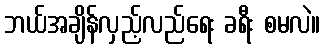
ဘယ်အချိန်လှည့်လည်ရေး ခရီး စမလဲ။